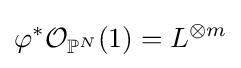
\varphi ^{*}{\mathcal {O}}_{\mathbb {P} ^{N}}(1)=L^{\otimes m}